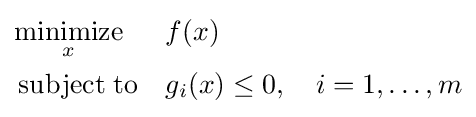
{\begin{aligned}&{\underset {x}{\operatorname {minimize} }}&&f(x)\\&\operatorname {subject\;to} &&g_{i}(x)\leq 0,\quad i=1,\ldots ,m\end{aligned}}